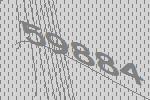
59884